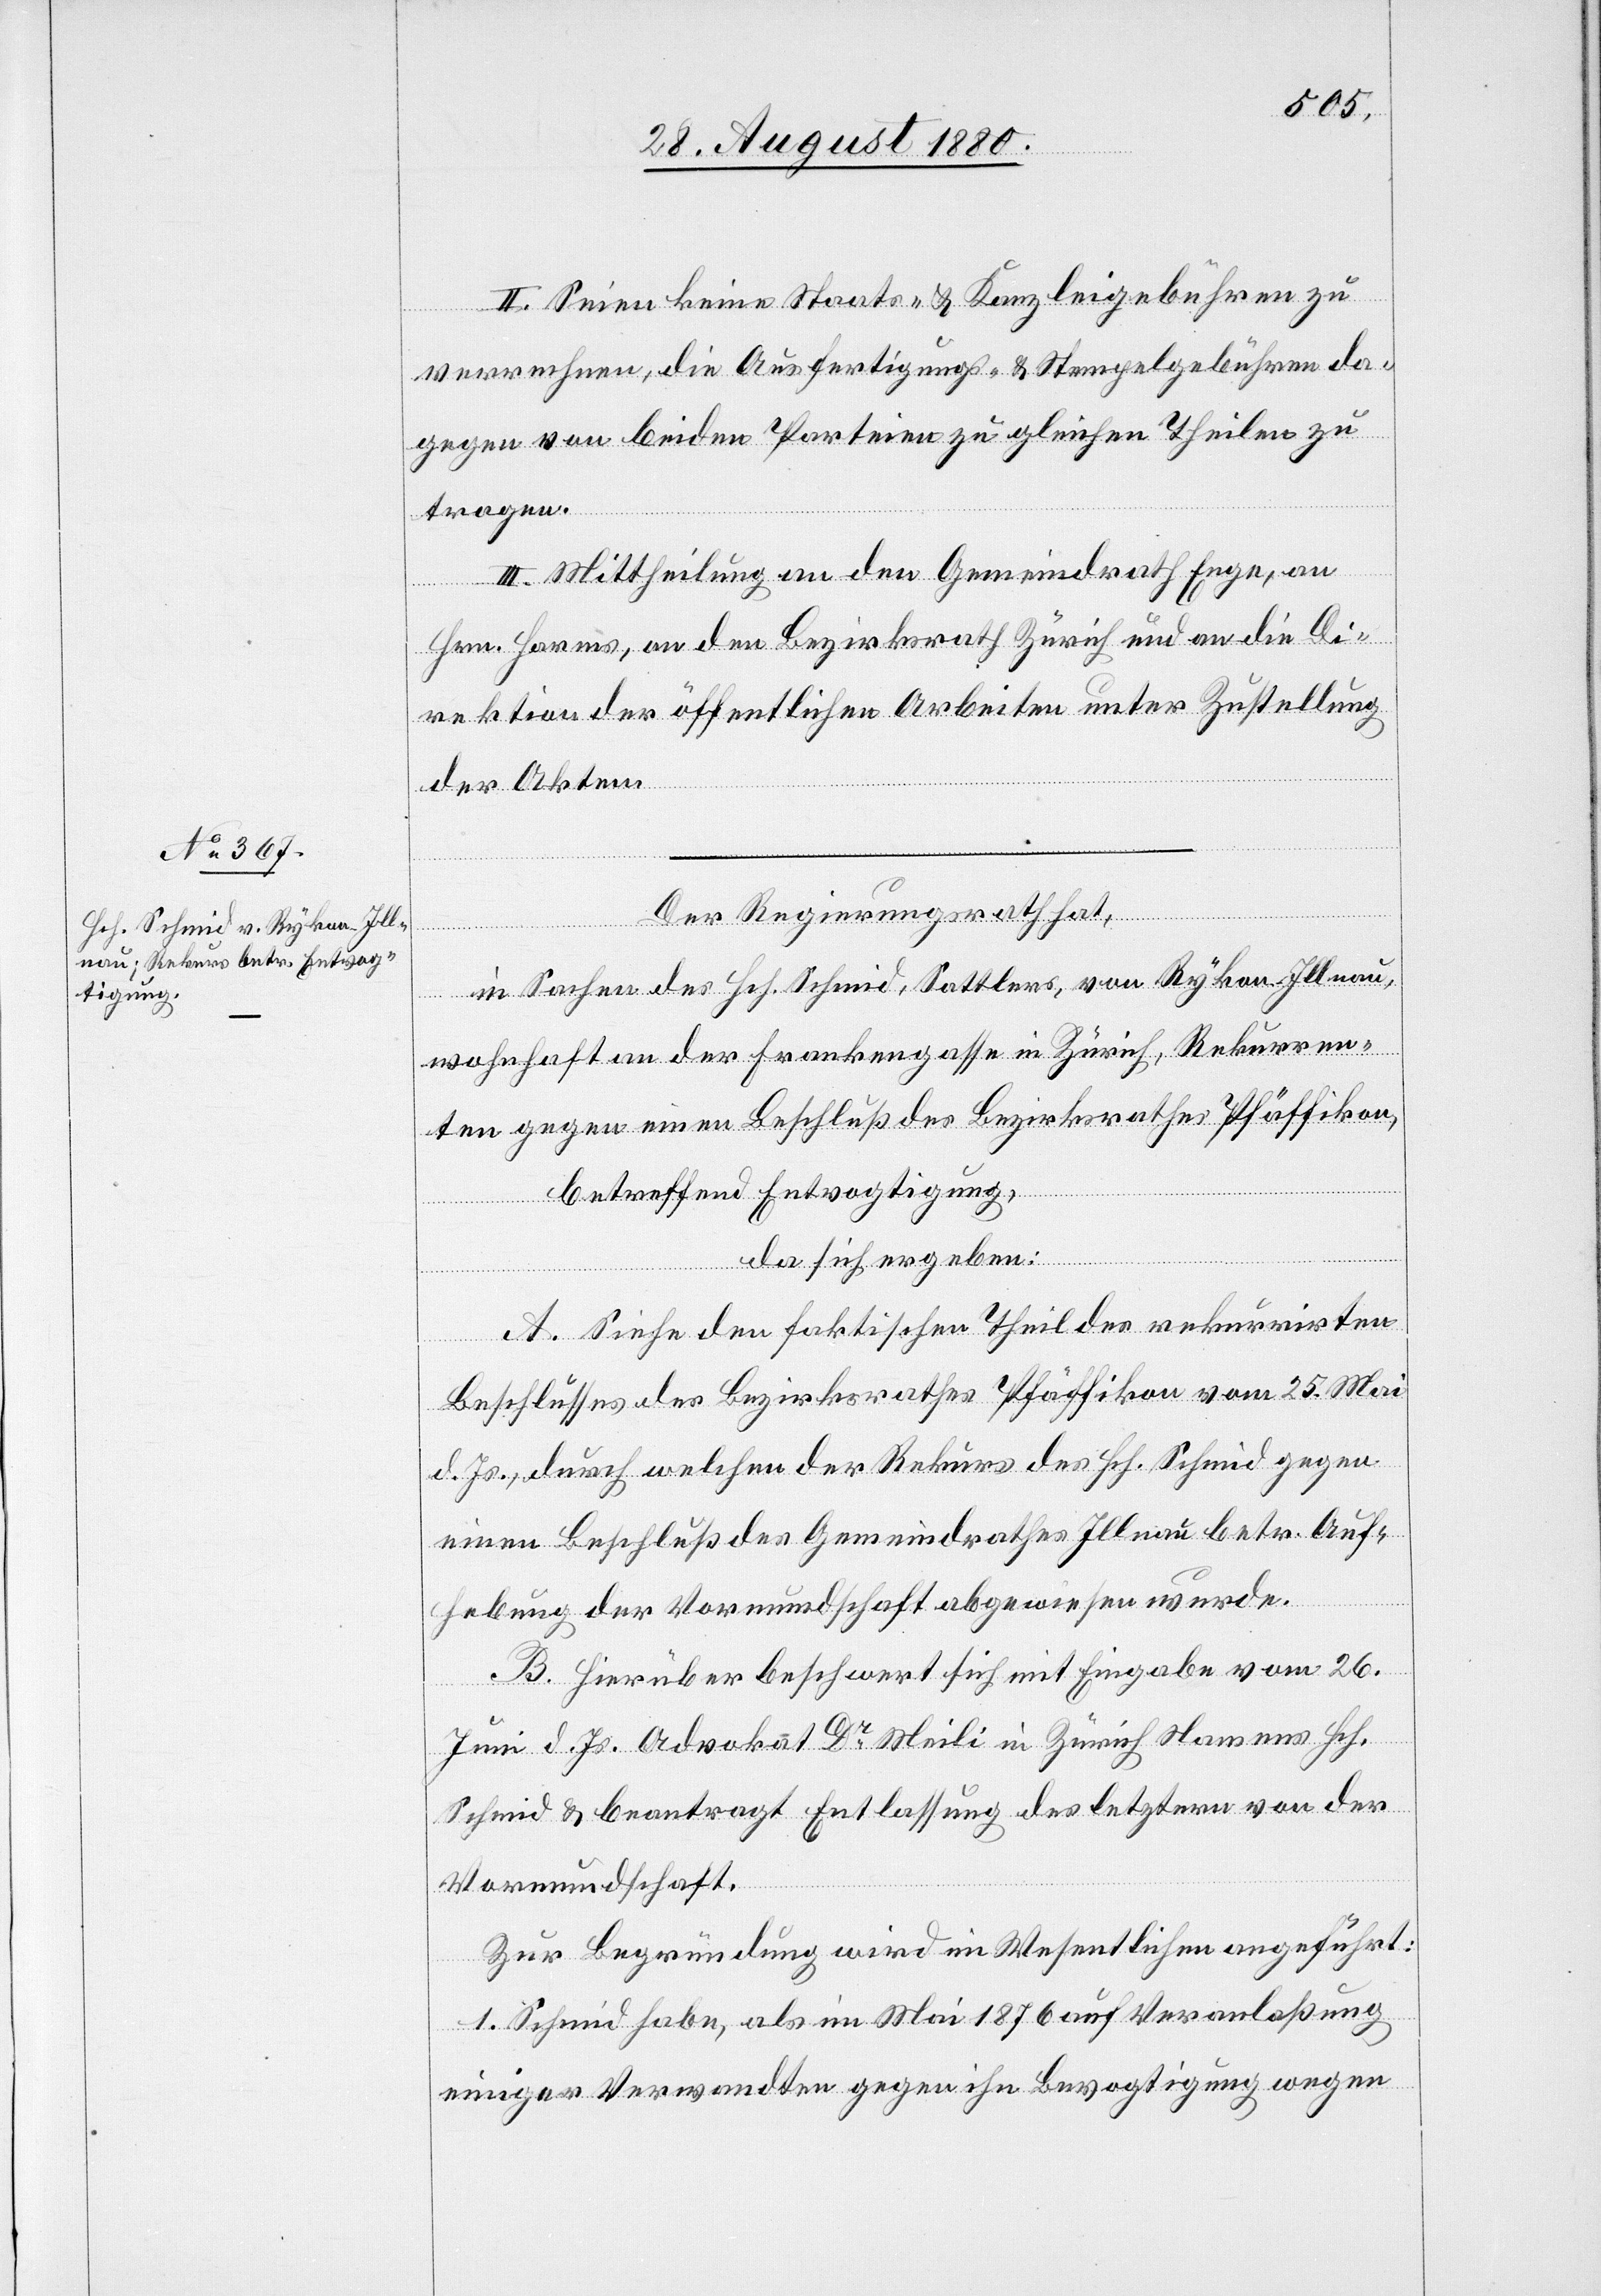
II. Seien keine Staats- & Kanzleigebühren zu
verrechnen, die Ausfertigungs- & Stempelgebühren da¬
gegen von beiden Parteien zu gleichen Theilen zu
tragen.
III. Mittheilung an den Gemeindrath Enge, an
Hrn. Harms, an den Bezirksrath Zürich und an die Di¬
rektion der öffentlichen Arbeiten unter Zustellung
der Akten.
Der Regierungsrath hat,
In Sachen des Hch. Schmid, Sattlers, von Rykon - Illnau,
wohnhaft an der Frankengasse in Zürich, Rekurren¬
ten gegen einen Beschluß des Bezirksrathes Pfäffikon,
betreffend Entvogtigung,
da sich ergeben:
A. Siehe den faktischen Theil des rekurrirten
Beschlusses des Bezirksrathes Pfäffikon vom 25. Mai
d. Js., durch welchen der Rekurs des Hch. Schmid gegen
einen Beschluß des Gemeindrathes Illnau betr. Auf¬
hebung der Vormundschaft abgewiesen wurde.
B. Hierüber beschwert sich mit Eingabe vom 26.
Juni d. Js. Advokat Dr Meili in Zürich Namens Hch.
Schmid & beantragt Entlassung des letztern von der
Vormundschaft.
Zur Begründung wird im Wesentlichen angeführt:
1. Schmid habe, als im Mai 1876 auf Veranlaßung
einiger Verwandten gegen ihn Bevogtigung wegen